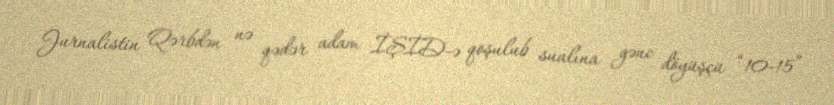
Jurnalistin Qərbdən nə qədər adam İŞİD-ə qoşulub sualına gənc döyüşçü “10-15”